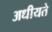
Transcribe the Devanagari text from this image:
अधीयते